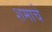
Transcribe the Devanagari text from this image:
शमाचे